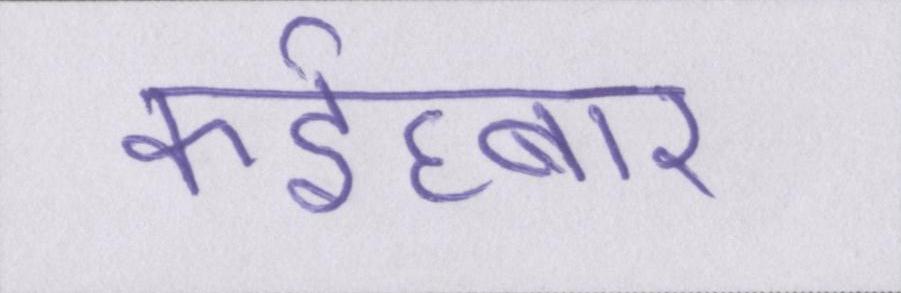
कईघ्बार